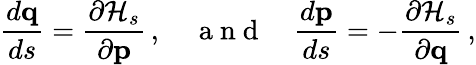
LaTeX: \frac{d{\mathbf q}}{ds}=\frac{\partial{\cal H}_{s}}{\partial{\mathbf p}}\, ,\quad\mathrm{~a~n~d~}\quad\frac{d{\mathbf p}}{ds}=-\frac{\partial{\cal H}_{s}}{\partial{\mathbf q}}\, ,